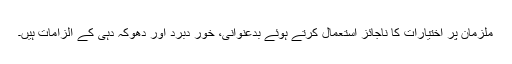
ملزمان پر اختیارات کا ناجائز استعمال کرتے ہوئے بدعنوانی، خور دبرد اور دھوکہ دہی کے الزامات ہیں۔